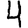
Digit: 4